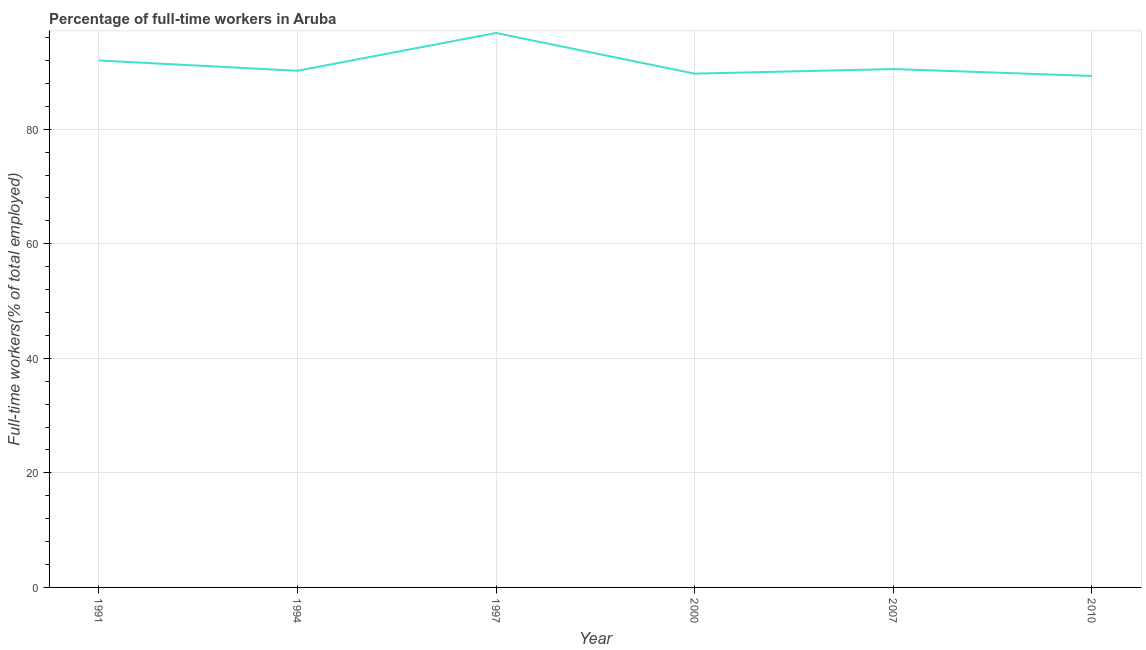
| Year | Wage and salaried workers |
 | --- | --- |
 | 1991 | 92 |
 | 1994 | 90.2 |
 | 1997 | 96.8 |
 | 2000 | 89.7 |
 | 2007 | 90.5 |
 | 2010 | 89.3 |